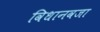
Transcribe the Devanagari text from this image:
विधानवजा